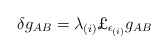
\begin{align*}\delta g_{AB} = \lambda_{(i)} \mbox{\pounds} _{\epsilon_{(i)}} g_{AB}\end{align*}